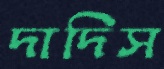
দাদিস